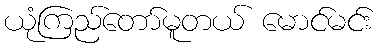
ယုံကြည်တော်မူတယ် မောင်မင်း